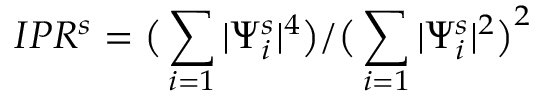
I P R ^ { s } = \big ( \sum _ { i = 1 } | \Psi _ { i } ^ { s } | ^ { 4 } \big ) / \big ( \sum _ { i = 1 } | \Psi _ { i } ^ { s } | ^ { 2 } \big ) ^ { 2 }